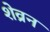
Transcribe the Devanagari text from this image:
शेव्रन